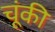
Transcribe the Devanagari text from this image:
चूंकी